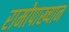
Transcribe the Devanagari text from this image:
रामोपाख्यान